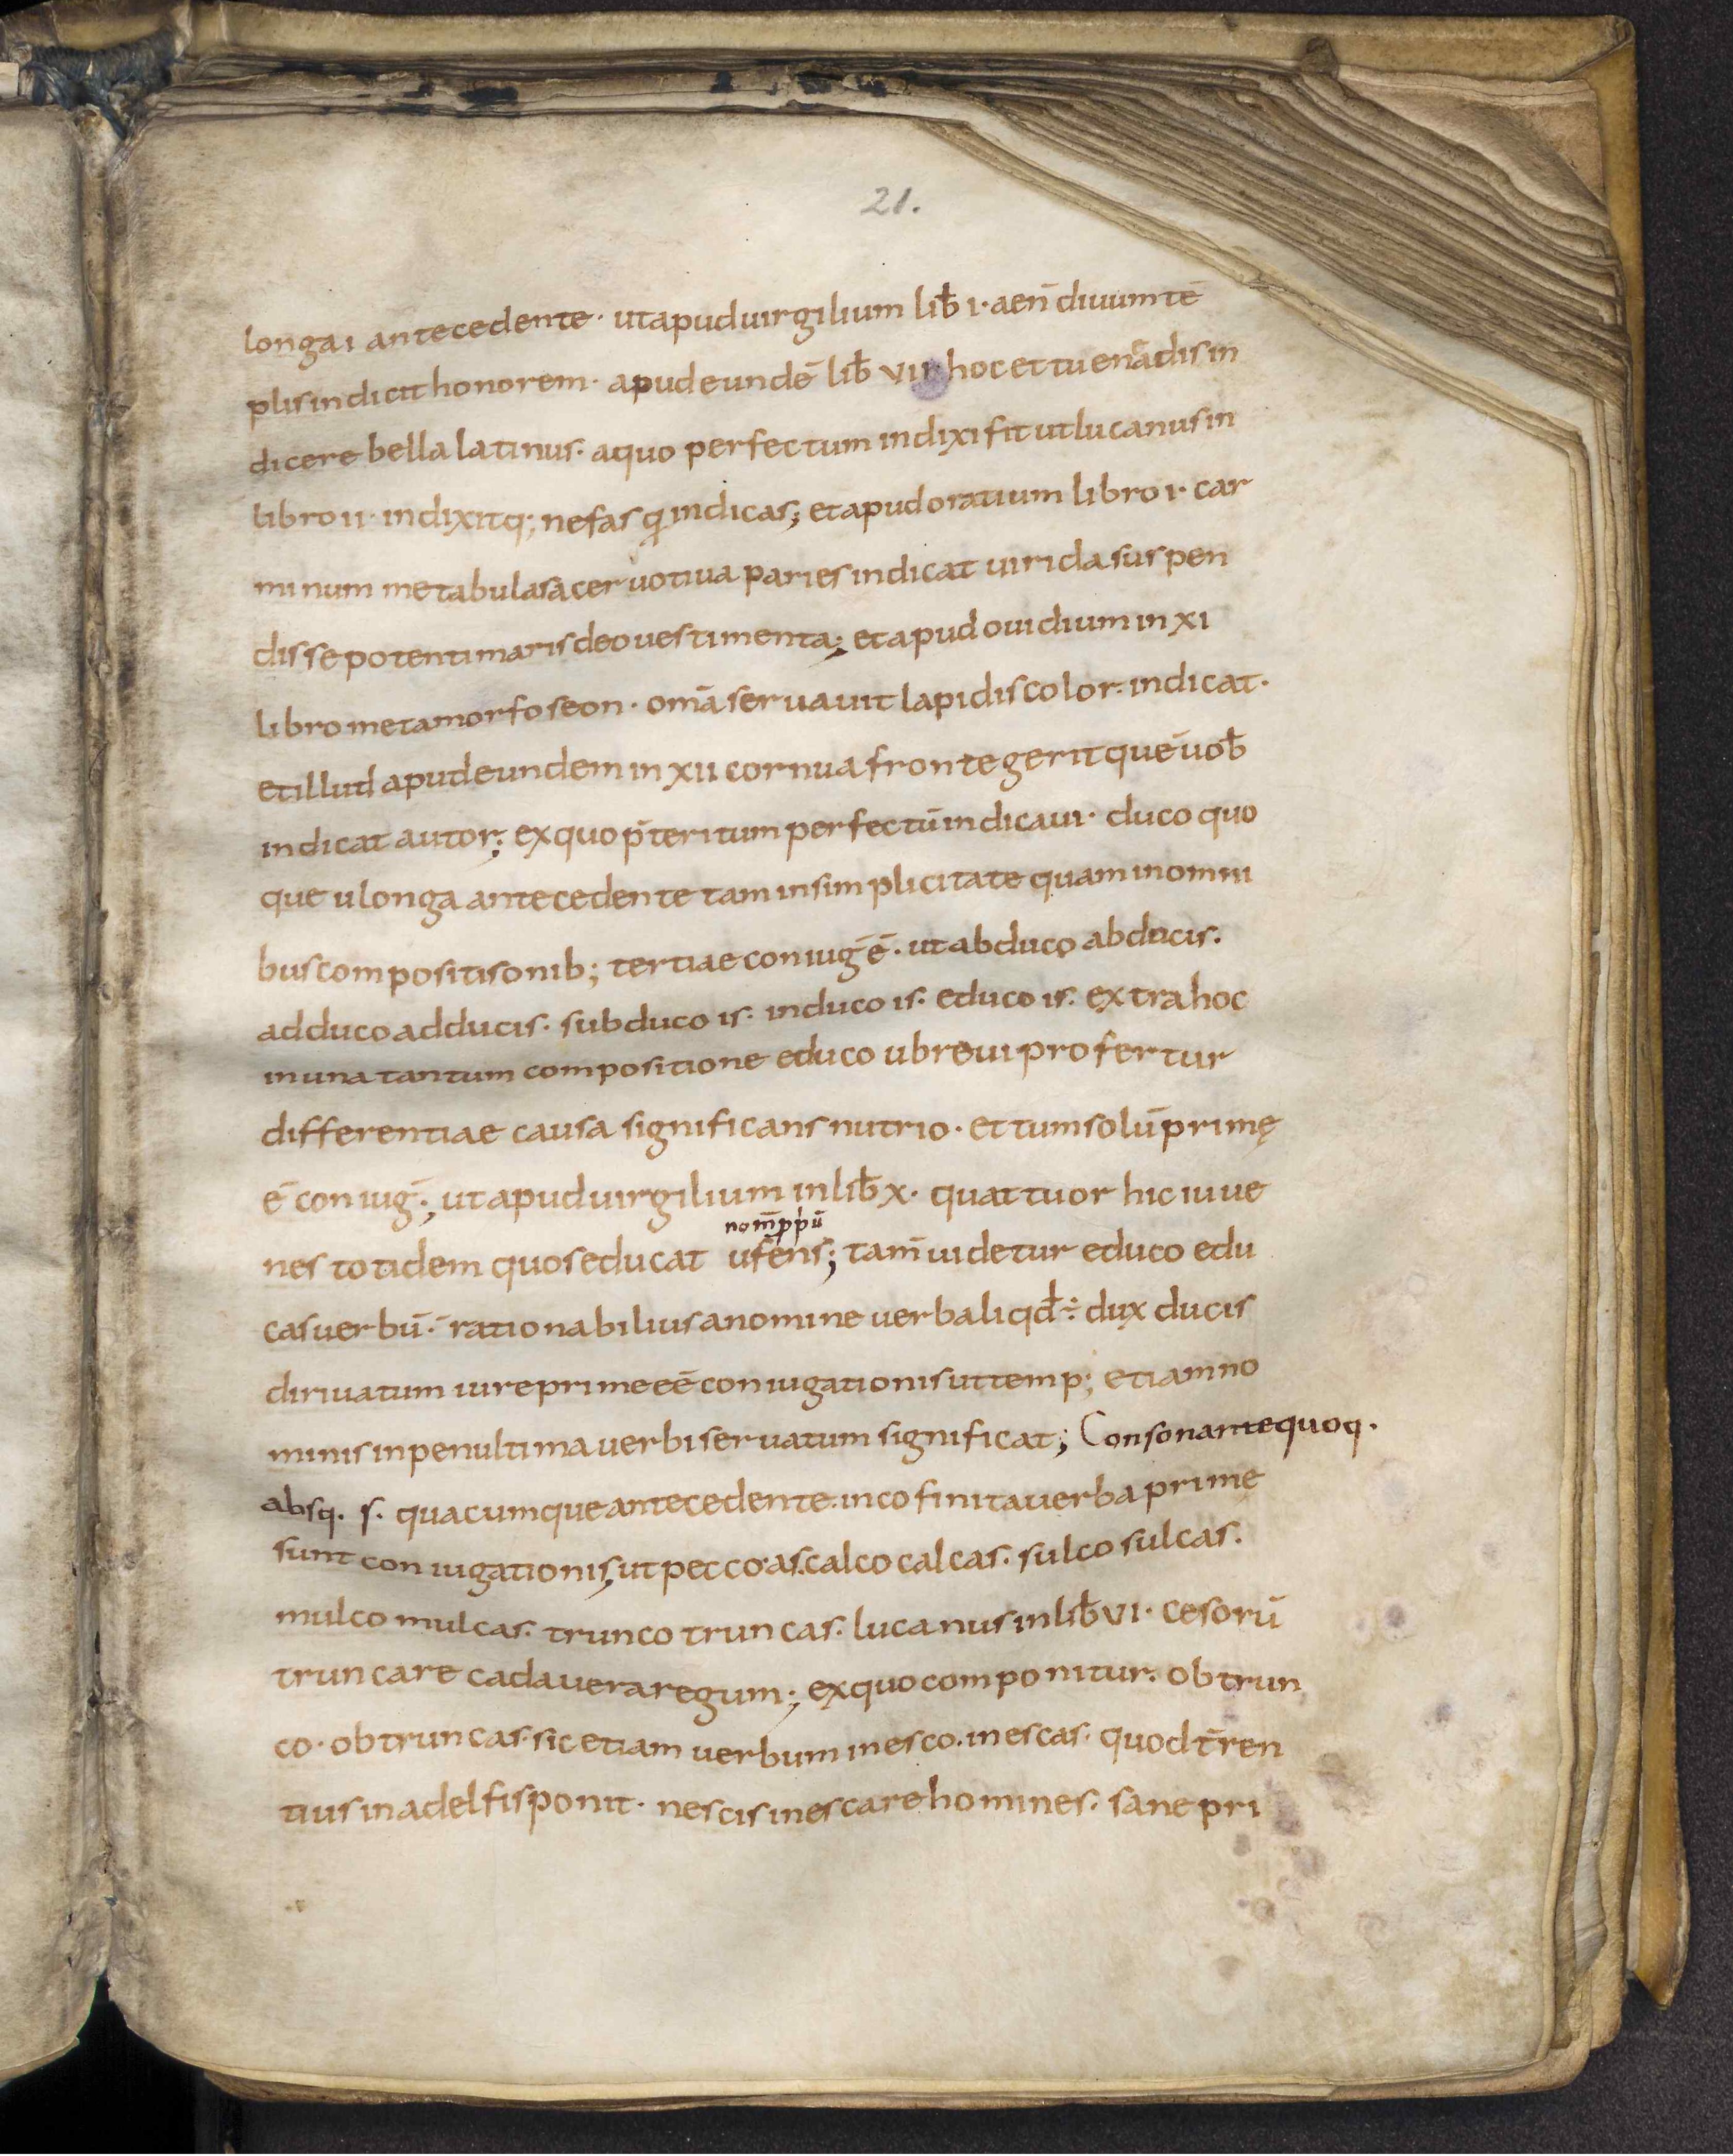
Shelfmark: Leiden, Bibliotheek der Rijksuniversiteit, Voss. Lat. O 41
Century: 9